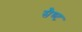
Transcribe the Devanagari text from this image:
सैण्ट